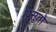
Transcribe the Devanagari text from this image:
प्रसूतो